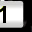
Digit: 1